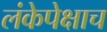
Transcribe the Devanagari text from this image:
लंकेपेक्षाच